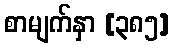
စာမျက်နှာ [၃၈၅]